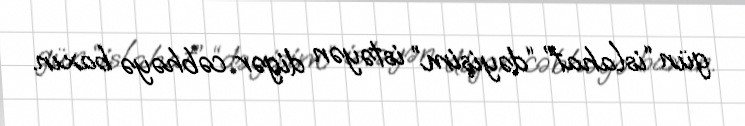
gün “islahat” “dəyişim” istəyən digər cəbhəyə baxın.